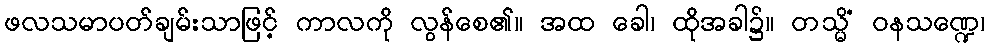
ဖလသမာပတ်ချမ်းသာဖြင့် ကာလကို လွန်စေ၏။ အထ ခေါ၊ ထိုအခါ၌။ တသ္မိံ ဝနသဏ္ဍေ၊